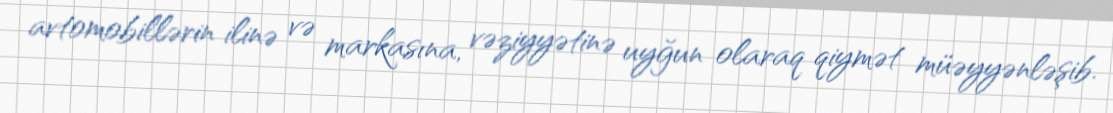
avtomobillərin ilinə və markasına, vəziyyətinə uyğun olaraq qiymət müəyyənləşib.